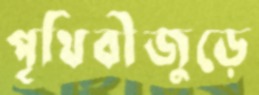
পৃথিবীজুড়ে